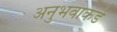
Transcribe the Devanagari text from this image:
अनुभवाकडे